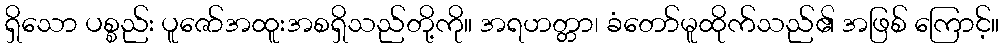
ရှိသော ပစ္စည်း ပူဇော်အထူးအစရှိသည်တို့ကို။ အရဟတ္တာ၊ ခံတော်မူထိုက်သည်၏ အဖြစ် ကြောင့်။